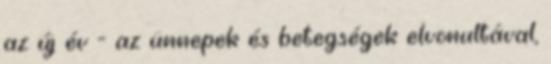
az új év - az ünnepek és betegségek elvonultával,